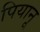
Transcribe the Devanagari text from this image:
पियानू